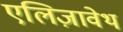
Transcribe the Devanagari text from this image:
एलिज़ावेथ